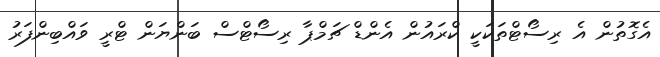
އެގޮތުން އެ ރިސޯޓްތަކަކީ ކްރައުން އެންޑް ޗަމްޕާ ރިސޯޓްސް ބަންޔަން ޓްރީ ވައްބިންފަރު